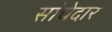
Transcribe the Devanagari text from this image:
सांचेदार